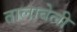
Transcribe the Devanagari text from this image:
तालाबेली